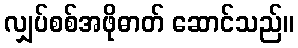
လျှပ်စစ်အဖိုဓာတ် ဆောင်သည်။